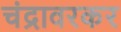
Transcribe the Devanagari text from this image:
चंद्रावरकर